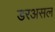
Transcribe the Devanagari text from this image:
डरअसल